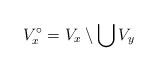
LaTeX: \begin{align*} V_x^\circ = V_x \setminus \bigcup V_y\end{align*}